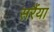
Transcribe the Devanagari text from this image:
सरैंया